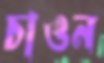
চাওন